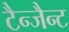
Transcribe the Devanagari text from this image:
टैन्जैन्ट